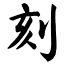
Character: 刻